Lunatic asylums Madras 1877-1891 - 1877-1891
Year: 1877
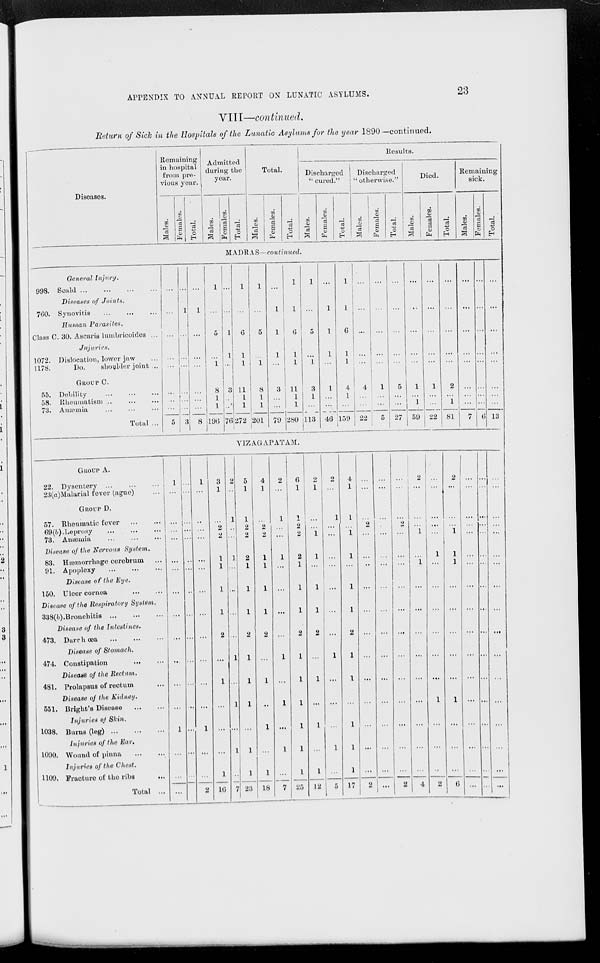
APPENDIX TO ANNUAL REPORT ON LUNATIC ASYLUMS. 23
VIII—continued.
Return of Sick in the Hospitals of the Lunatic Asylums for the year 1890—continued.
Diseases.
Remaining
in hospital
from pre-
vious year.
Males.
Females.
Total.
Admitted
during the
year.
Males.
Females.
Total.
Total.
Males.
Females.
Total.
Results.
Discharged
" cured."
Males.
Females.
Total.
Discharged
" otherwise."
Males.
Females.
Total.
Died.
Males.
Females.
Total.
Remaining
sick.
Males.
Females.
Total.
MADRAS—continued.
General Injury.
998. Scald
...
...
...
...
Diseases of Joints.
760. Synovitis ... ... ...
Human Parasites.
Class C. 30. Ascaris lumbricoides ...
Injuries.
1072. Dislocation, lower jaw ...
1178.
Do.
Shoulder Joint ...
GROUP C.
55. Debility ... ... ...
58. Rheumatism ... ... ...
73. Anæmia ... ... ...
Total ...
...
...
...
...
...
...
...
...
5
...
1
...
...
...
...
...
...
3
...
1
...
...
...
...
...
...
8
1
...
5
...
1
8
1
1
196
...
...
1
1
...
3
...
...
76
1
...
6
1
1
11
1
1
272
1
...
5
...
1
8
1
1
201
...
1
1
1
...
3
...
...
79
1
1
6
1
1
11
1
1
280
1
...
5
...
1
3
1
...
113
...
1
1
1
...
1
...
...
46
1
1
6
1
1
4
1
...
159
...
...
...
...
...
4
...
...
22
...
...
...
...
...
1
...
...
5
...
...
...
...
...
5
...
...
27
...
...
...
...
...
1
...
1
59
...
...
...
...
...
1
...
...
22
...
...
...
...
...
2
...
1
81
...
...
...
...
...
...
...
...
7
...
...
...
...
...
...
...
...
6
...
...
...
...
...
...
...
...
13
VIZAGAPATAM.
GROUP A.
22. Dysentery ... ... ...
23(a)Malarial fever (ague) ...
GROUP D.
57. Rheumatic fever
...
...
69(b). Leprosy
...
...
...
73. Anæmia
...
...
...
Disease of the Nervous System.
83. Hæmorrhage cerebrum ...
91. Apoplexy
...
...
...
Disease of the Eye.
150. Ulcer cornea
...
...
Disease of the Respiratory System.
338(b). Bronchitis
...
...
...
Disease of the Intestines.
473. Darrhœa
...
...
...
Disease of Stomach.
474. Constipation
...
...
Disease of the Rectum.
481. Prolapsus of rectum ...
Disease of the Kidney.
551. Bright's Disease
...
...
Injuries of Skin.
1038. Burns (leg)
...
...
...
Injuries of the Ear.
1090. Wound of pinna
...
...
Injuries of the Chest.
1109. Fracture of the ribs
...
Total ...
1
...
...
...
...
...
...
...
...
...
...
...
...
1
...
...
...
...
...
...
...
...
...
...
...
...
...
...
...
...
...
...
...
...
1
...
...
...
...
...
...
...
...
...
...
...
...
1
...
...
2
3
1
...
2
2
1
1
1
1
2
...
1
...
...
...
1
16
2
...
1
..
...
1
...
...
...
...
1
...
1
...
1
...
7
5
1
1
2
2
2
1
1
1
2
1
1
1
...
1
1
23
4
1
...
2
2
1
1
1
1
2
...
1
..
1
...
1
18
2
...
1
...
...
1
...
...
...
...
1
...
1
...
1
...
7
6
1
1
2
2
2
1
1
1
2
1
1
1
1
1
1
25
2
1
...
...
1
1
...
1
1
2
...
1
...
1
...
1
12
2
...
1
...
...
...
...
...
...
...
1
...
...
...
1
...
5
4
1
1
...
1
1
...
1
1
2
1
1
...
1
1
1
17
...
...
...
2
...
...
..
...
...
...
...
...
...
...
...
...
2
...
...
...
...
...
...
...
...
...
...
...
...
...
...
...
...
...
...
...
...
2
...
...
...
...
...
...
...
...
...
...
...
...
2
2
...
...
...
1
...
1
...
...
...
...
...
...
...
...
...
4
...
...
...
...
...
1
...
...
...
...
...
...
1
...
...
...
2
2
...
...
...
1
1
1
...
...
...
...
...
1
...
...
...
6
...
...
...
...
...
...
...
...
...
...
...
...
...
...
...
...
...
...
...
...
...
...
...
...
...
...
...
...
...
...
...
...
...
...
...
...
...
...
...
...
...
...
...
...
...
...
...
...
...
...
...